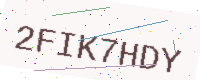
Text: 2FIK7HDY